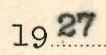
1927